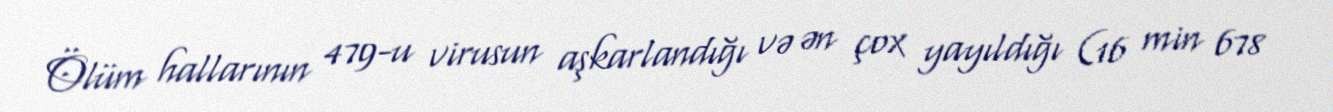
Ölüm hallarının 479-u virusun aşkarlandığı və ən çox yayıldığı (16 min 678